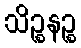
သိဉ္စနဉ္စ